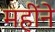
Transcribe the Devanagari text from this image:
महींने